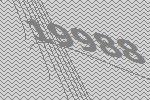
19988